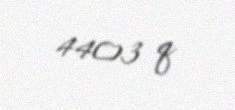
4403 q